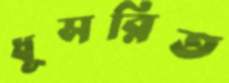
ধূসরিত